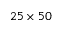
2 5 \times 5 0